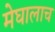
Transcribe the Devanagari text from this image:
मेघालाच